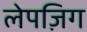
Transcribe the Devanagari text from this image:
लेपज़िग